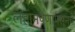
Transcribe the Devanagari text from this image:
लहानपणापसूनच